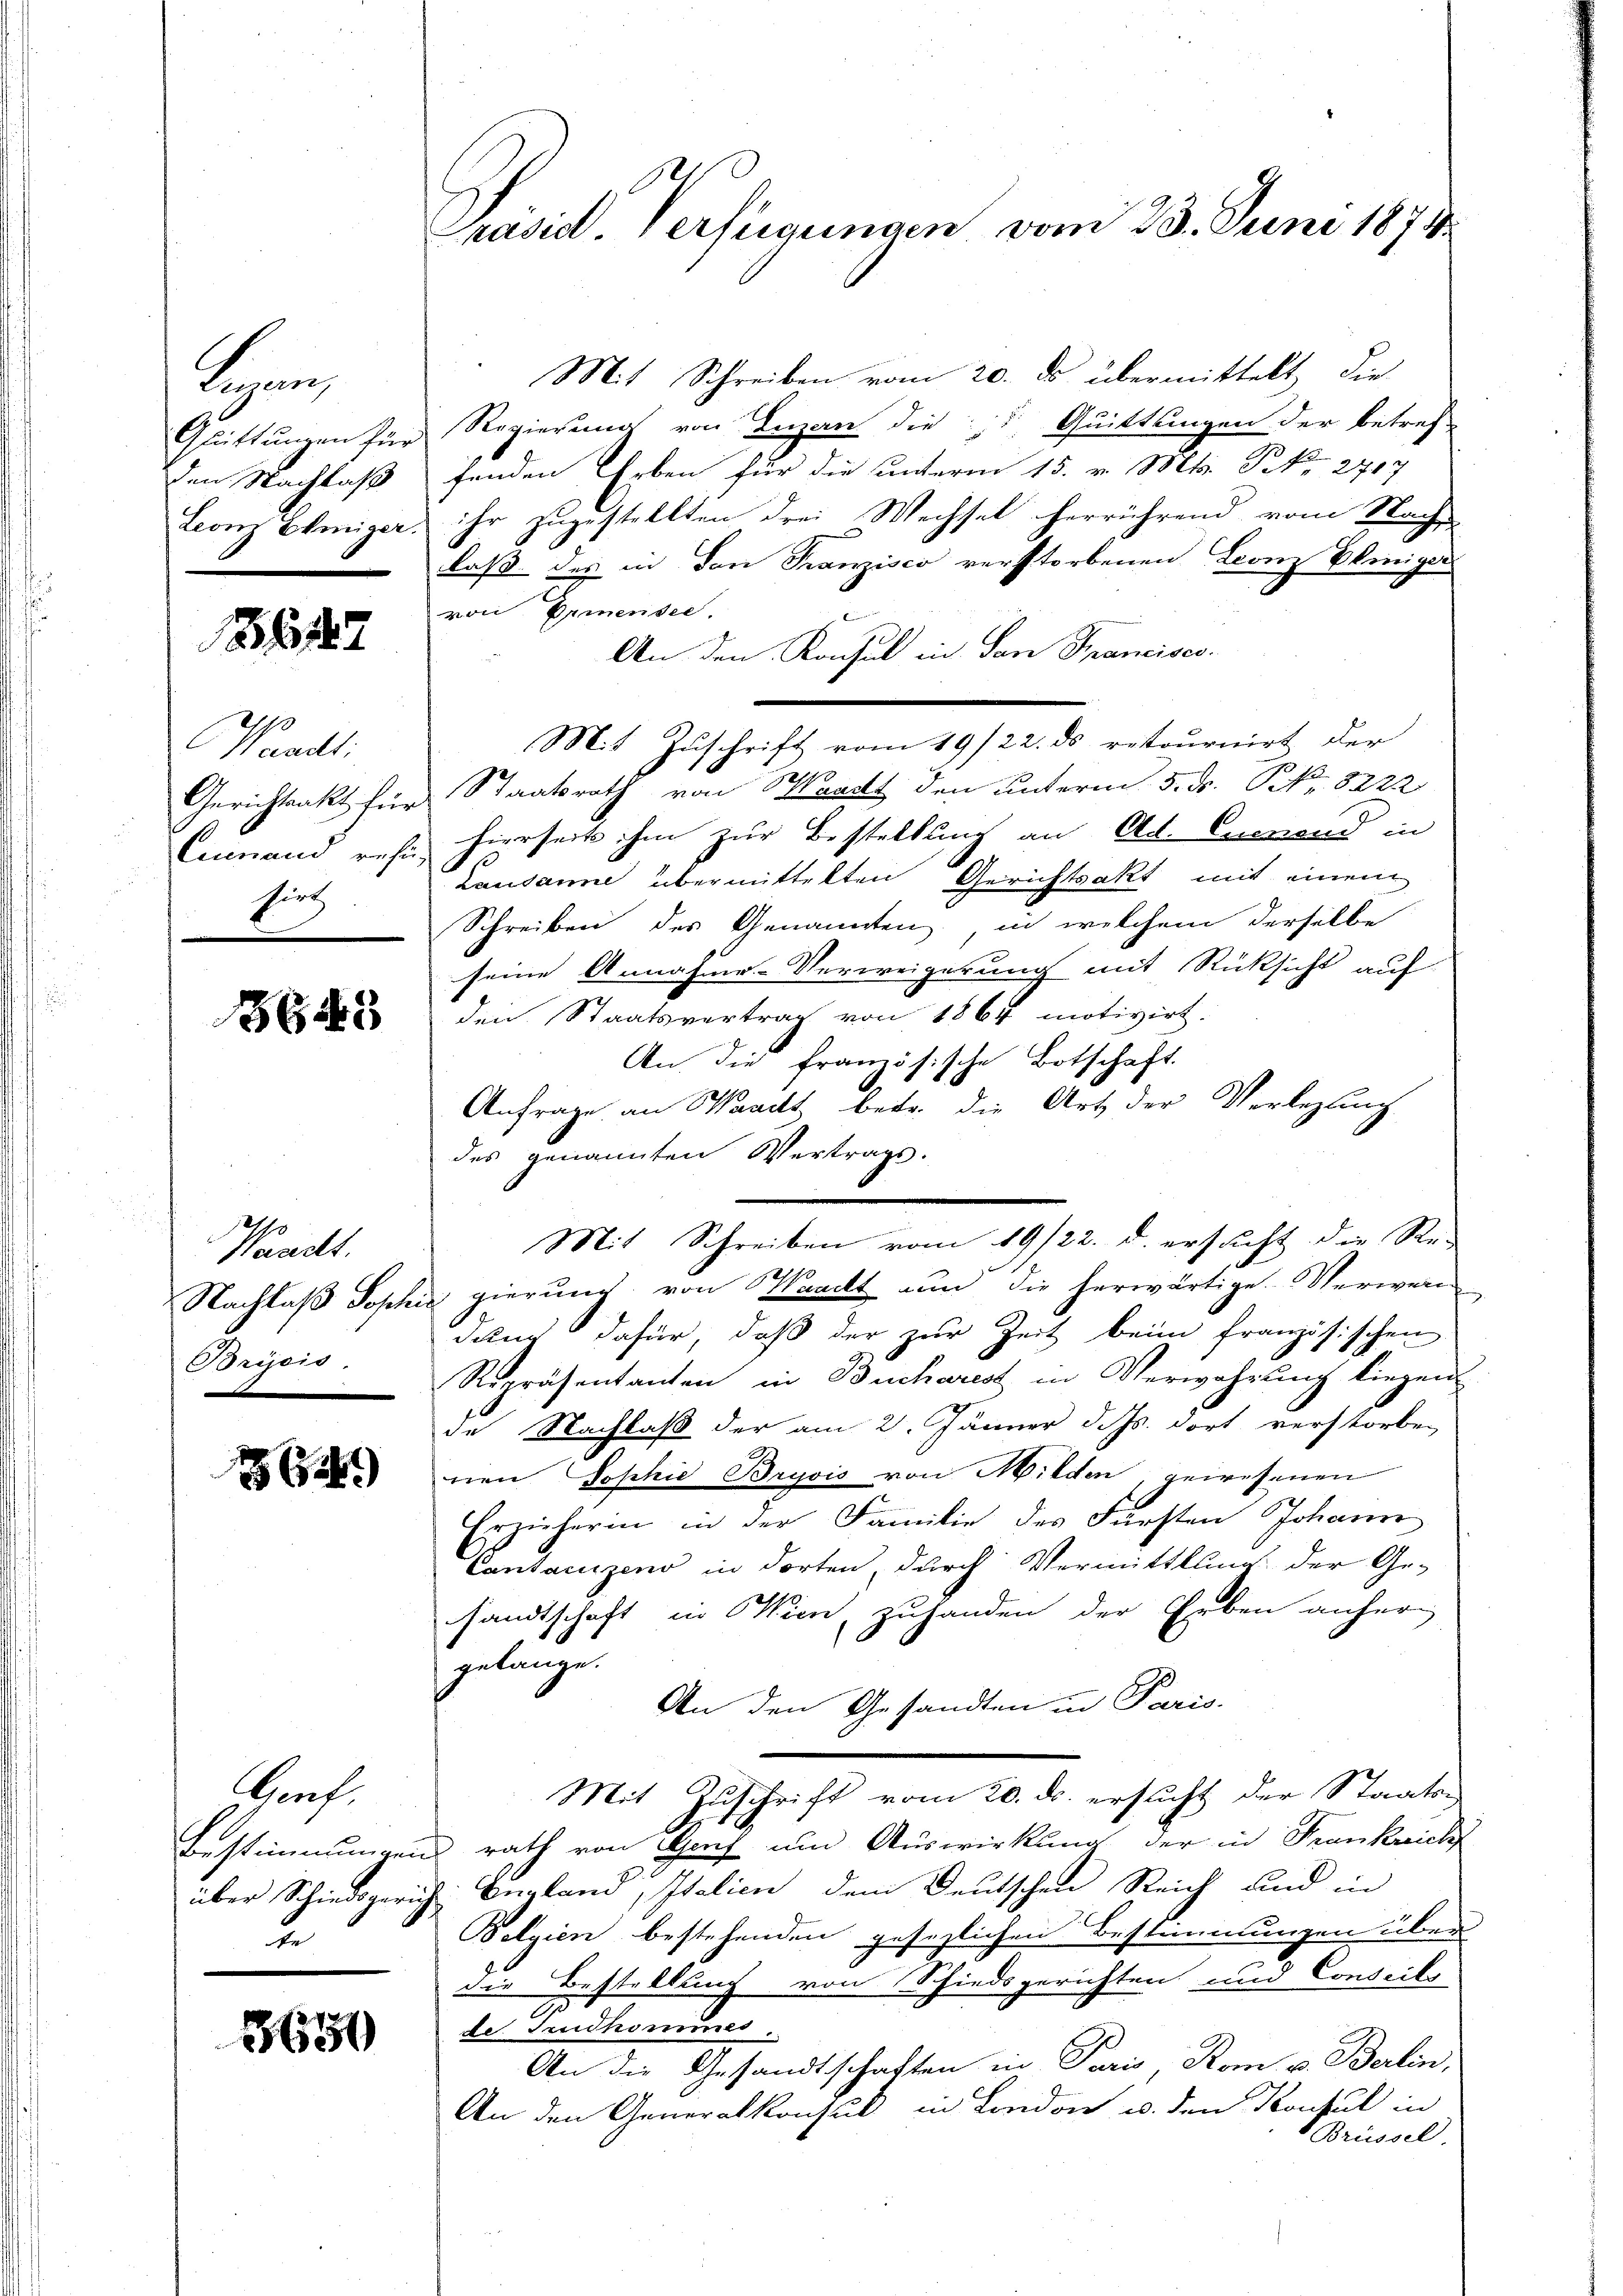
Logen
den Nachlaß
Leonz Ehniger.

56247

Waadt
Euenand resi
hirt
.
e

8649

Waadt.
Brycis.
.

)

Gerf.
über Schiedsgericht
u

3650

Präsid. Verfügungen vom 23. Juni 1874

Mit Schreiben vom 19/22. d. ersucht die Re-

Mit Schreiben vom 20. ds übermittelt die
Quittungen für Regierung von Luzern die " Quittungen der betref-
fenden Arben für die unterm 15. v. Mts. S. 2717
ihr zugestellten drei Wechsel herrührend vom Nach-
laß des in den Franzisco verstorbenen Leonz Pliniger
von Ermensee,
An den Konsul in San Francisco¬
Mit Zuschrift vom 19/22. ds retournirt der
Gerichtsakt für Staatsrath von Waadt den unterm 5. F. P. Nr. 8222
hierseits ihm zur Bestellung an Ald. Euerend in
Lausanne übermittelten Gerichtsakt mit einem
Schreiben des Genannten in welchem derselbe
seine Annahme-Verweigerung mit Rücksicht auf
den Staatsvertrag von 1864 motivirt.
An die französische Botschaft.
Anfrage an Waadt betr. die Art der Verlegung
des genannten Vertrags.
10
Nachlaβ Sophie gierŭng von Waadt nun die herwärtige Verwen
dum dafür, daß der zur Zeit beim französischen
Repräsentanten in Bucharest in Verwahrung liegen
de Nachlaß der am 2. Jänner d. Js. dort verstorben
nen Sophie Bryvis von Milden, gewesenen
Erzieherin in der Familie des Fürsten Johann
Cantarzens in dorten, durch Vermittlung der Ge-
sandtschaft in Wien zuhanden der Erben anhergelange.
An den Gesandten in Paris.
Mit Zuschrift vom 20. ds. ersucht der Staats-
Bestimmungen rath von Sach um Auswirkung der in Frankreich
England, Italien dem Deutschen Reich und in
Belgien bestehenden gesezlichen Bestimmungen über
die Bestellung von Schiedsgerichten und Conseils
2
de Trudhominer
An die Gesandtschaften in Paris, Rom v. Berlin,
An den Generalkonsul in London u. den Konsul in
Brüssel.